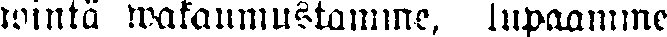
wintä wakaumustamme, lupaamme